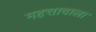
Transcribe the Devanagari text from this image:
महत्तावाला